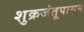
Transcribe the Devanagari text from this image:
शुक्रजंतूपासून